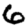
Digit: 6